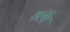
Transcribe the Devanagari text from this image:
अर्के